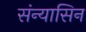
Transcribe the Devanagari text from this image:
संन्यासिन